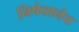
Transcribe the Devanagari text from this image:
निषेधानेच